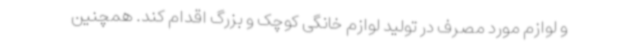
و لوازم مورد مصرف در تولید لوازم خانگی کوچک و بزرگ اقدام کند. همچنین